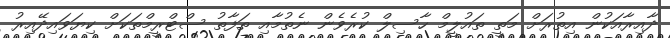
ދާއިރާއަކުން އިތުރަށް މަތީ ތައުލީމް ހާސިލް ކުރެވެން ނެތުމާއި ތަފާތު ސްޓްރީމްތަކަށް ކިޔަވައިދޭއިރު